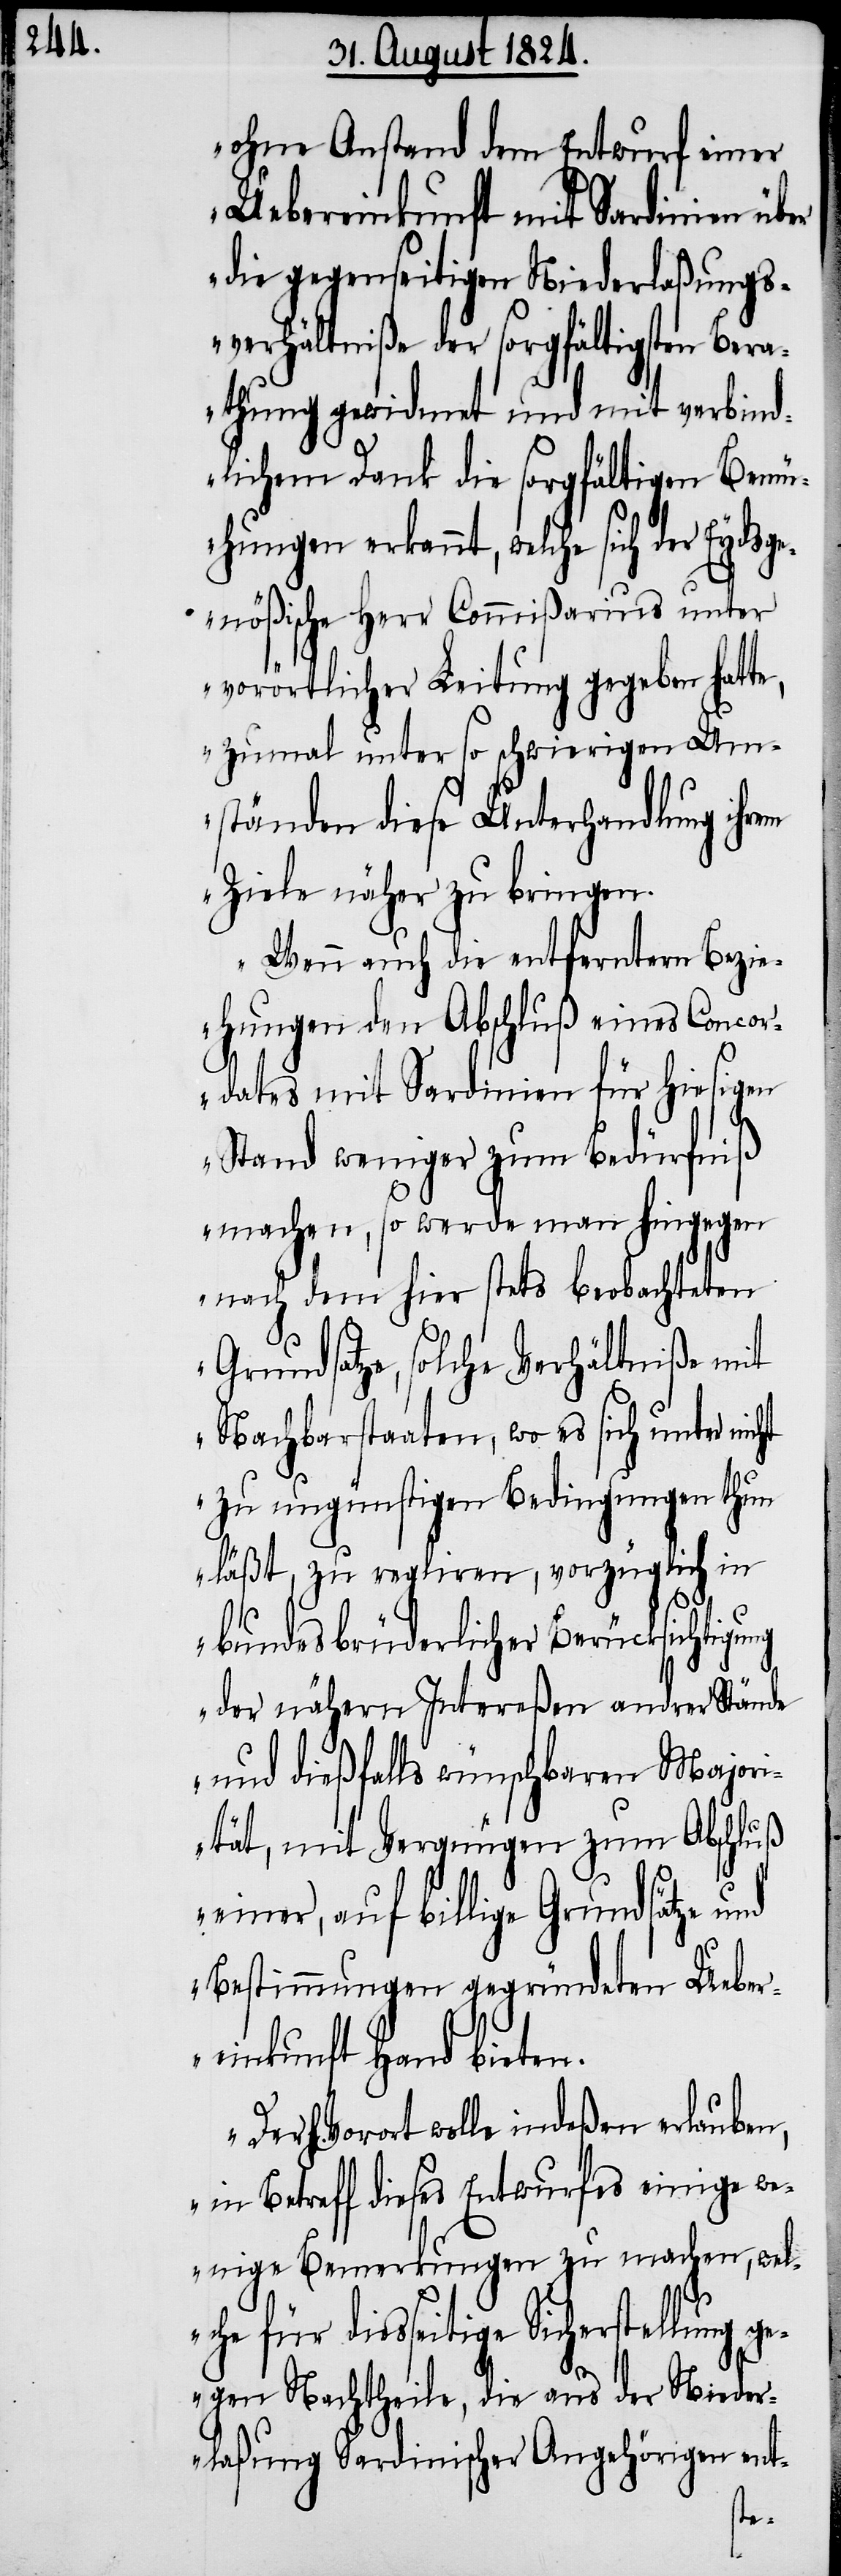
ohne Anstand dem Entwurf einer
Uebereinkunft mit Sardinien über
die gegenseitigen Niederlaßungs¬
verhältniße der sorgfältigsten Bera¬
thung gewidmet und mit verbind¬
lichem Dank die sorgfältigen Bemü¬
hungen erkannt, welche sich der Eydsge¬
nößische Herr Commißarius unter
vorörtlicher Leitung gegeben hatte,
zumal unter so schwierigen Um¬
ständen diese Unterhandlung ihrem
Ziele näher zu bringen.
Wenn auch die entferntern Bezi¬
ehungen den Abschluß eines Concor¬
dates mit Sardinien für hiesigen
Stand weniger zum Bedürfniß
machen, so werde man hingegen
nach dem hier stets beobachteten
Grundsatz, solche Verhältniße mit
Nachbarstaaten, wo es sich unter nicht
zu ungünstigen Bedingungen thun
läßt, zu regliren, vorzüglich in
bundesbrüderlicher Berücksichtigung
der nähern Intereßen andrer Stände
und dießfalls wünschbaren Majori¬
tät, mit Vergnügen zum Abschluß
einer, auf billige Grundsätze und
Bestimmungen gegründeten Ueber¬
einkunft Hand bieten.
Der h. Vorort wolle indeßen erlauben,
in Betreff dieses Entwurfes einige we¬
nige Bemerkungen zu machen, wel¬
che für diesseitige Sicherstellung g¬
egen Nachtheile, die aus der Nieder¬
laßung Sardinischer Angehörigen ent-